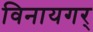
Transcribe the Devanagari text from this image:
विनायगर्